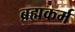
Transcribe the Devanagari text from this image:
ब्रह्मकर्म